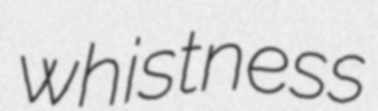
whistness